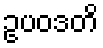
ဥပဝဒတိ